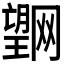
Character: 𭩌